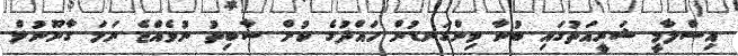
އިސްލާމީ ޝަރީއަތުގައި ބުނާ މިންގަނޑުން ހައްދުގެ ކުށް ސާބިތު ނުވެއްޖެ ނަމަ ގާނޫނުލް